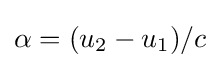
\alpha =(u_{2}-u_{1})/c